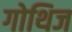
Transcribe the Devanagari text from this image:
गोथिज